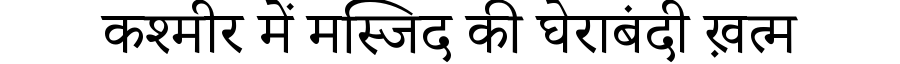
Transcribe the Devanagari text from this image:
कश्मीर में मस्जिद की घेराबंदी ख़त्म